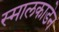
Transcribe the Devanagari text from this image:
स्मालकाडेन